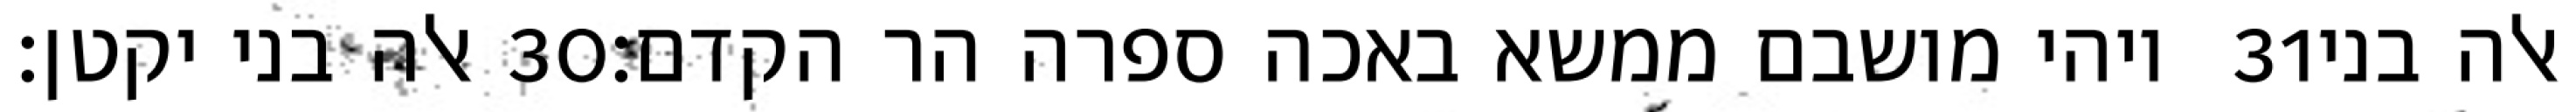
אלה בני יקטן׃ ‎30‏ ויהי מושבם ממשא באכה ספרה הר הקדם׃ ‎31‏ אלה בני